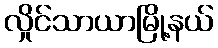
လှိုင်သာယာမြို့နယ်